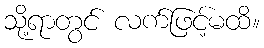
သို့ရာတွင် လက်ဖြင့်မထိ။